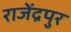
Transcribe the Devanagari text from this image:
राजेंद्रपुर